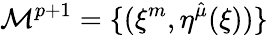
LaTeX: {\cal M}^{p+1}=\{ (\xi^{m},\eta^{\hat{\mu}}(\xi))\}